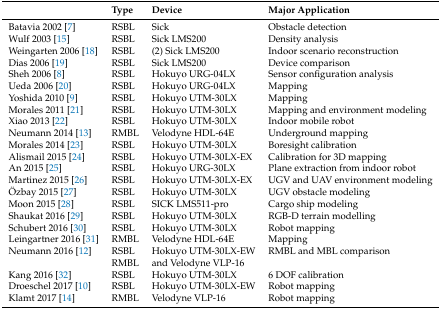
<table><thead><tr><td></td><td><b>Type</b></td><td><b>Device</b></td><td><b>Major Application</b></td></tr></thead><tbody><tr><td>Batavia 2002 [7]</td><td>RSBL</td><td>Sick</td><td>Obstacle detection</td></tr><tr><td>Wulf 2003 [15]</td><td>RSBL</td><td>Sick LMS200</td><td>Density analysis</td></tr><tr><td>Weingarten 2006 [18]</td><td>RSBL</td><td>(2) Sick LMS200</td><td>Indoor scenario reconstruction</td></tr><tr><td>Dias 2006 [19]</td><td>RSBL</td><td>Sick LMS200</td><td>Device comparison</td></tr><tr><td>Sheh 2006 [8]</td><td>RSBL</td><td>Hokuyo URG-04LX</td><td>Sensor configuration analysis</td></tr><tr><td>Ueda 2006 [20]</td><td>RSBL</td><td>Hokuyo URG-04LX</td><td>Mapping</td></tr><tr><td>Yoshida 2010 [9]</td><td>RSBL</td><td>Hokuyo UTM-30LX</td><td>Mapping</td></tr><tr><td>Morales 2011 [21]</td><td>RSBL</td><td>Hokuyo UTM-30LX</td><td>Mapping and environment modeling</td></tr><tr><td>Xiao 2013 [22]</td><td>RSBL</td><td>Hokuyo UTM-30LX</td><td>Indoor mobile robot</td></tr><tr><td>Neumann 2014 [13]</td><td>RMBL</td><td>Velodyne HDL-64E</td><td>Underground mapping</td></tr><tr><td>Morales 2014 [23]</td><td>RSBL</td><td>Hokuyo UTM-30LX</td><td>Boresight calibration</td></tr><tr><td>Alismail 2015 [24]</td><td>RSBL</td><td>Hokuyo UTM-30LX-EX</td><td>Calibration for 3D mapping</td></tr><tr><td>An 2015 [25]</td><td>RSBL</td><td>Hokuyo URG-30LX</td><td>Plane extraction from indoor robot</td></tr><tr><td>Martinez 2015 [26]</td><td>RSBL</td><td>Hokuyo UTM-30LX-EX</td><td>UGV and UAV environment modeling</td></tr><tr><td>Özbay 2015 [27]</td><td>RSBL</td><td>Hokuyo UTM-30LX</td><td>UGV obstacle modeling</td></tr><tr><td>Moon 2015 [28]</td><td>RSBL</td><td>SICK LMS511-pro</td><td>Cargo ship modeling</td></tr><tr><td>Shaukat 2016 [29]</td><td>RSBL</td><td>Hokuyo UTM-30LX</td><td>RGB-D terrain modelling</td></tr><tr><td>Schubert 2016 [30]</td><td>RSBL</td><td>Hokuyo UTM-30LX</td><td>Robot mapping</td></tr><tr><td>Leingartner 2016 [31]</td><td>RMBL</td><td>Velodyne HDL-64E</td><td>Mapping</td></tr><tr><td>Neumann 2016 [12]</td><td>RSBL</td><td>Hokuyo UTM-30LX-EW</td><td>RMBL and MBL comparison</td></tr><tr><td></td><td>RMBL</td><td>and Velodyne VLP-16</td></tr><tr><td>Kang 2016 [32]</td><td>RSBL</td><td>Hokuyo UTM-30LX</td><td>6 DOF calibration</td></tr><tr><td>Droeschel 2017 [10]</td><td>RSBL</td><td>Hokuyo UTM-30LX-EW</td><td>Robot mapping</td></tr><tr><td>Klamt 2017 [14]</td><td>RMBL</td><td>Velodyne VLP-16</td><td>Robot mapping</td></tr></tbody></table>